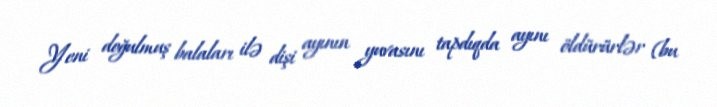
Yeni doğulmuş balaları ilə dişi ayının yuvasını tapdıqda ayını öldürürlər (bu